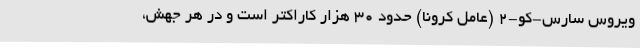
ویروس سارس-کو-۲ (عامل کرونا) حدود 30 هزار کاراکتر است و در هر جهش،